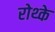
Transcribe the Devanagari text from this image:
रोथ्के